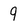
Character: 9